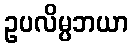
ဥပလိမ္ပဘယာ